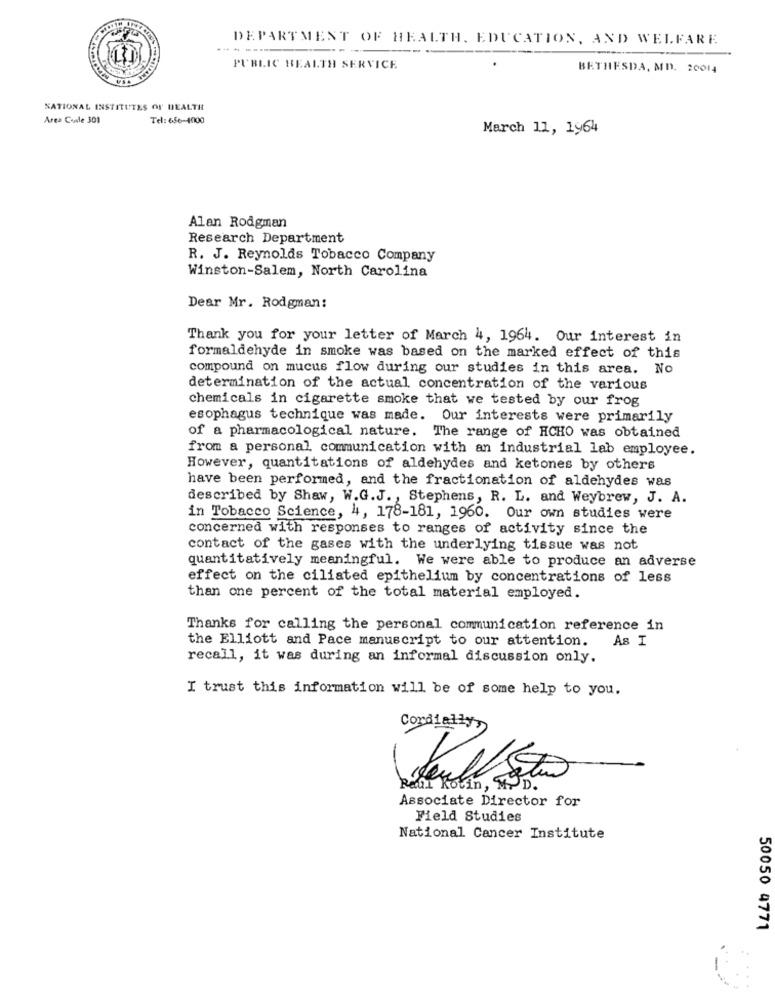
DEPARTMENT OF HEALTH, EDUCATION, AND WELFARE
PUBLIC HEALTH SERVICE
BETHESDA, MD. 20014
NATIONAL INSTITUTES OF HEALTH
Area Candle 301
Tel: 656-4000
March 11, 1964
Alan Rodgman
Research Department
R. J. Reynolds Tobacco Company
Winston-Salem, North Carolina
Dear Mr. Rodgman:
Thank you for your letter of March 4, 1964. Our interest in
formaldehyde in smoke was based on the marked effect of this
compound on mucus flow during our studies in this area. No
determination of the actual concentration of the various
chemicals in cigarette smoke that we tested by our frog
esophagus technique was made. Our interests were primarily
of a pharmacological nature. The range of HCHO was obtained
from a personal communication with an industrial lab employee.
However, quantitations of aldehydes and ketones by others
have been performed, and the fractionation of aldehydes was
described by Shaw, W.G.J ., Stephens, R. L. and Weybrew, J. A.
in Tobacco Science, 4, 178-181, 1960. Our own studies were
concerned with responses to ranges of activity since the
contact of the gases with the underlying tissue was not
quantitatively meaningful. We were able to produce an adverse
effect on the ciliated epithelium by concentrations of less
than one percent of the total material employed.
Thanks for calling the personal communication reference in
the Elliott and Pace manuscript to our attention. As I
recall, it was during an informal discussion only.
I trust this information will be of some help to you.
Cordially
Rekotin, M.D.
Associate Director for
Field Studies
National Cancer Institute
50050 4771